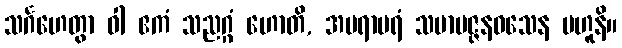
သင်္ဂဟေတွာ ဝါ ဧကံ သညဂ္ဂံ ဟောတိ, အပရာပရံ သမာပဇ္ဇနဝသေန ဗဟူနိ။